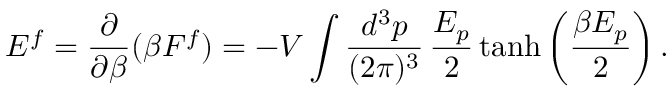
E ^ { f } = \frac { \partial } { \partial \beta } ( \beta F ^ { f } ) = - V \int \frac { d ^ { 3 } p } { ( 2 \pi ) ^ { 3 } } \, \frac { E _ { p } } { 2 } \operatorname { t a n h } \left( \frac { \beta E _ { p } } { 2 } \right) .